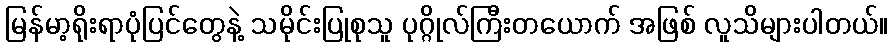
မြန်မာ့ရိုးရာပုံပြင်တွေနဲ့ သမိုင်းပြုစုသူ ပုဂ္ဂိုလ်ကြီးတယောက် အဖြစ် လူသိများပါတယ်။